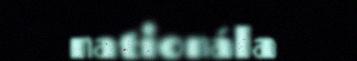
nationála